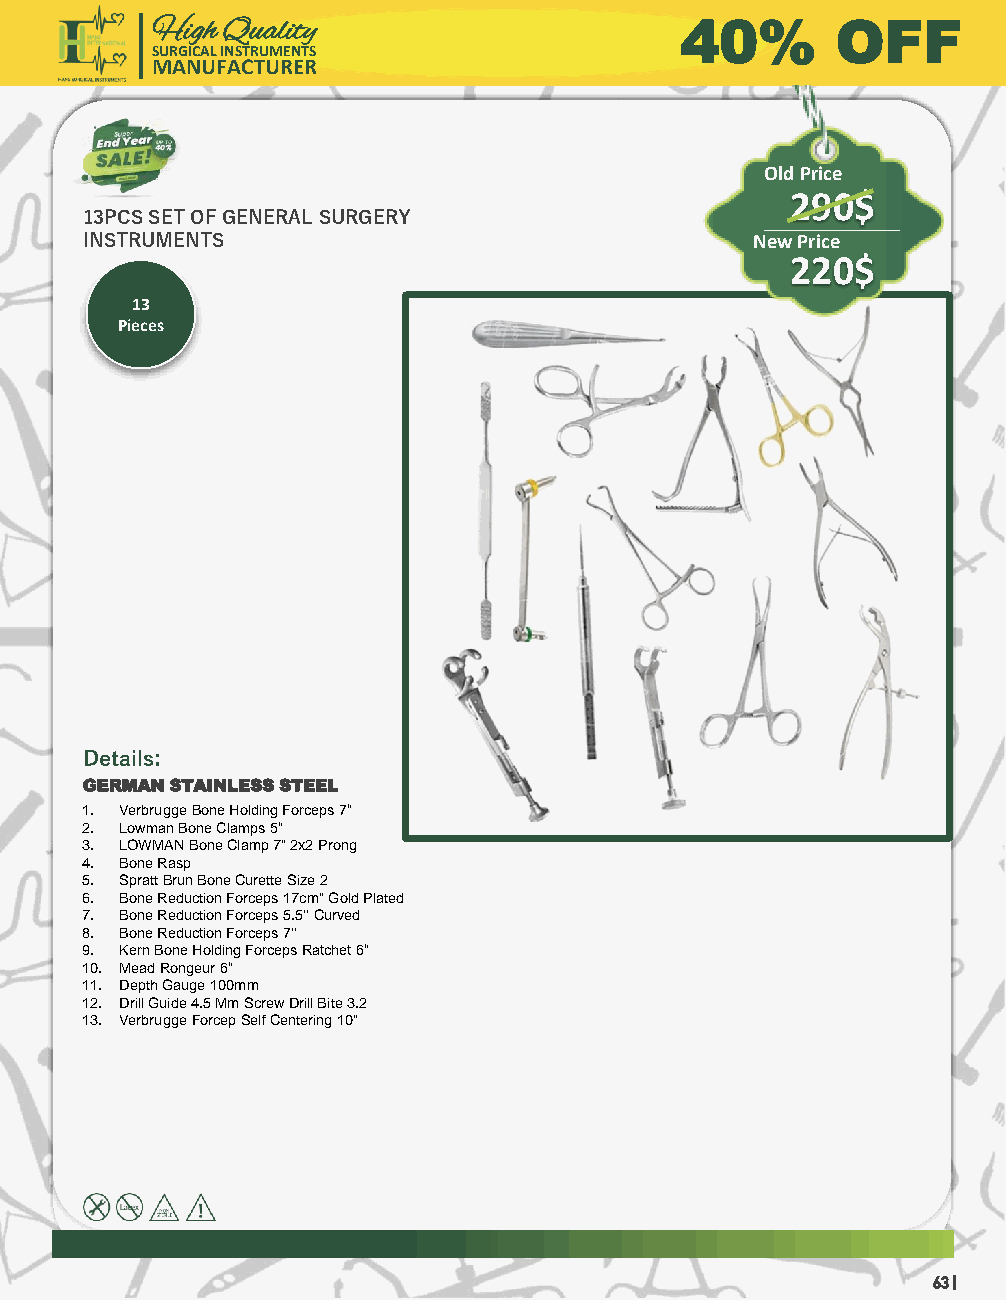
High Quality                       40%       OFF
 SURGICAL INSTRUMENTS
 MANUFACTURER
 Old Price
 290$
 13PCS SET OF GENERAL SURGERY
 INSTRUMENTS                                  New Price
 220$
 13
 Pieces
 Details:
 GERMAN STAINLESS STEEL
 1. VerbruggeBone Holding Forceps 7“
 2. Lowman Bone Clamps 5“
 3. LOWMAN Bone Clamp 7" 2x2 Prong
 4. Bone Rasp
 5. Spratt BrunBone Curette Size 2
 6. Bone Reduction Forceps 17cm" Gold Plated
 7. Bone Reduction Forceps 5.5'' Curved
 8. Bone Reduction Forceps 7'‘
 9. Kern Bone Holding Forceps Ratchet 6“
 10. Mead Rongeur6“
 11. Depth Gauge 100mm
 12. Drill Guide 4.5 Mm Screw Drill Bite 3.2
 13. VerbruggeForcepSelf Centering 10"
 63 |